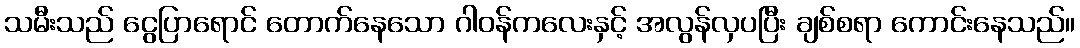
သမီးသည် ငွေပြာရောင် တောက်နေသော ဂါဝန်ကလေးနှင့် အလွန်လှပပြီး ချစ်စရာ ကောင်းနေသည်။